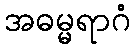
အဓမ္မရာဂံ